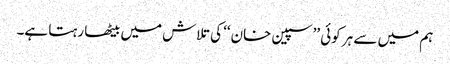
ہم میں سے ہر کوئی ’’سپین خان‘‘ کی تلاش میں بیٹھا رہتا ہے۔